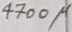
Text: 4700µ